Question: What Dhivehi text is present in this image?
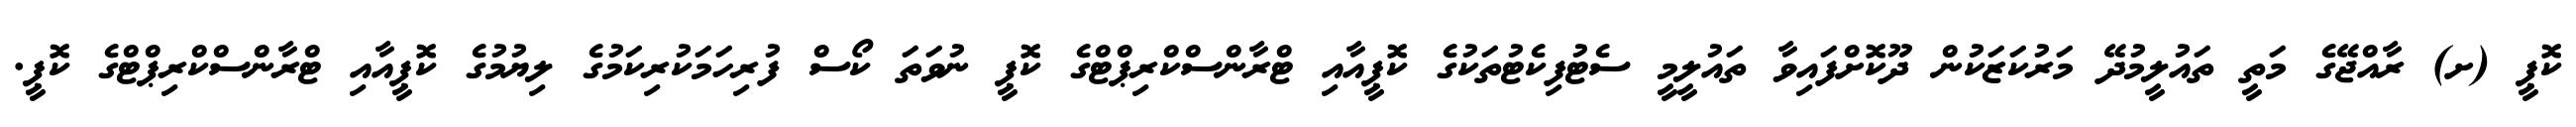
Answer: ކޮޕީ (ށ) ރާއްޖޭގެ މަތީ ތައުލީމުދޭ މަރުކަޒަކުން ދޫކޮށްފައިވާ ތައުލީމީ ސެޓުފިކެޓުތަކުގެ ކޮޕީއާއި ޓްރާންސްކްރިޕްޓްގެ ކޮޕީ ނުވަތަ ކޯސް ފުރިހަމަކުރިކަމުގެ ލިޔުމުގެ ކޮޕީއާއި ޓްރާންސްކްރިޕްޓްގެ ކޮޕީ.